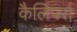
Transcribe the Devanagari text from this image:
कैलिपर्स